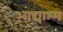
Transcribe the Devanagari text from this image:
आद्याश्म